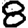
Digit: 8